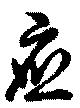
応